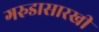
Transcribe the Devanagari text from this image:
गरुडासारखी